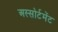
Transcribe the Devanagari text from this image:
अस्सोर्टमेंट